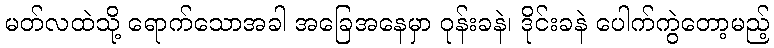
မတ်လထဲသို့ ရောက်သောအခါ အခြေအနေမှာ ဝုန်းခနဲ၊ ဒိုင်းခနဲ ပေါက်ကွဲတော့မည့်